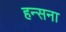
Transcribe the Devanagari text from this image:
हन्सना